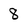
Character: 8